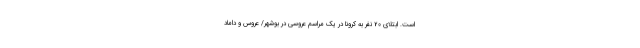
است. ابتلای 20 نفر به کرونا در یک مراسم عروسی در بوشهر/ عروس و داماد